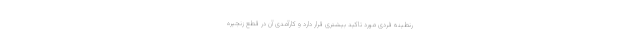
رنطینه فردی مورد تاکید بیشتری قرار دارد و کارآمدی آن در قطع زنجیره